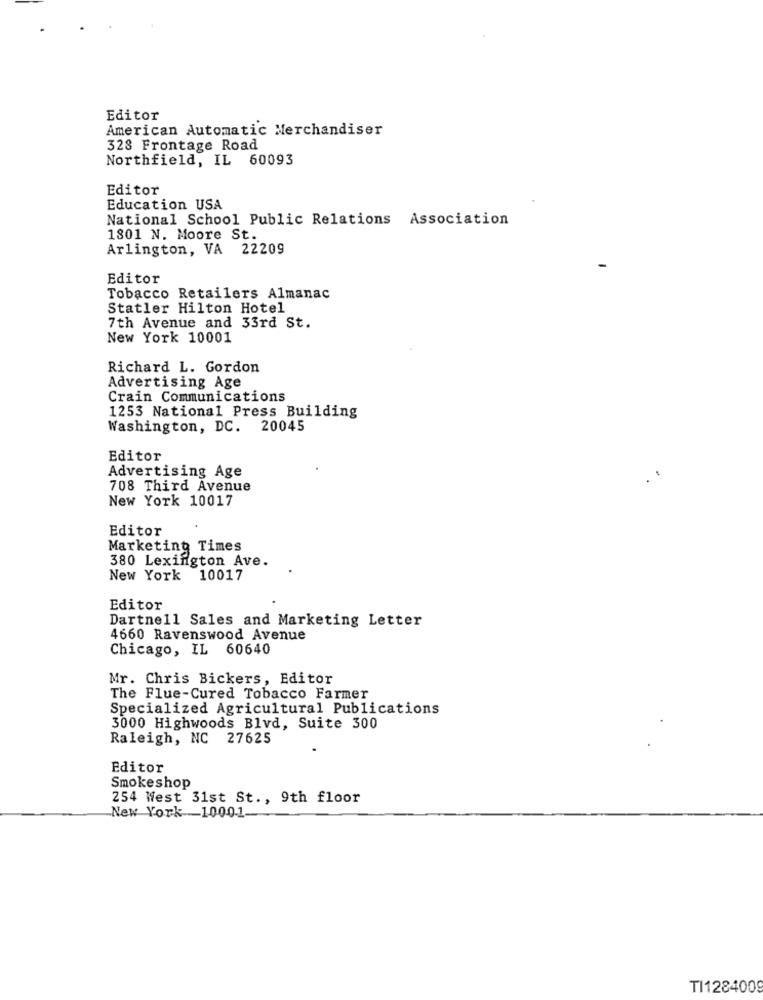
Editor
American Automatic Merchandiser
328 Frontage Road
Northfield, IL 60093
Editor
Education USA
National School Public Relations Association
1801 N. Moore St.
Arlington, VA 22209
Editor
Tobacco Retailers Almanac
Statler Hilton Hotel
7th Avenue and 33rd St.
New York 10001
Richard L. Gordon
Advertising Age
Crain Communications
1253 National Press Building
Washington, DC. 20045
Editor
Advertising Age
708 Third Avenue
New York 10017
Editor
Marketing Times
380 Lexington Ave.
New York 10017
Editor
Dartnell Sales and Marketing Letter
4660 Ravenswood Avenue
Chicago, IL 60640
Mr. Chris Bickers, Editor
The Flue-Cured Tobacco Farmer
Specialized Agricultural Publications
3000 Highwoods Blvd, Suite 300
Raleigh, NC 27625
Editor
Smokeshop
254 West 31st St ., 9th floor
New York_10001-
TI128400